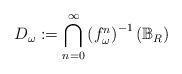
LaTeX: \begin{align*}D_{\omega}:=\bigcap_{n=0}^\infty \left(f^n_\omega\right)^{-1}(\mathbb B_R)\end{align*}